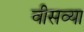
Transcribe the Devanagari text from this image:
वीसव्या